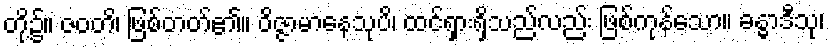
တို့၌။ ဇဝတိ၊ ဖြစ်တတ်၏။ ဝိဇ္ဇာမာနေသုပိ၊ ထင်ရှားရှိသည်လည်း ဖြစ်ကုန်သော။ ခန္ဓာဒီသု၊